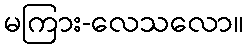
မကြား-လေသလော။